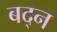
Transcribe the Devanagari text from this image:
बद्न